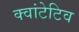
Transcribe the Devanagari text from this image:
क्वांटेटिव